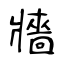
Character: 牆